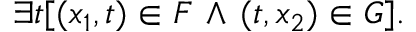
\exists t [ ( x _ { 1 } , t ) \in F \, \land \, ( t , x _ { 2 } ) \in G ] .